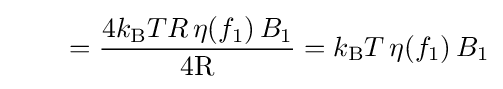
\qquad ={\frac {4k_{\text{B}}TR\,\eta (f_{1})\,B_{1}}{4{\text{R}}}}=k_{\text{B}}T\,\eta (f_{1})\,B_{1}